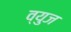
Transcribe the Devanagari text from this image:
व्युज